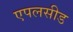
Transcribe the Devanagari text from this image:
एपलसीड